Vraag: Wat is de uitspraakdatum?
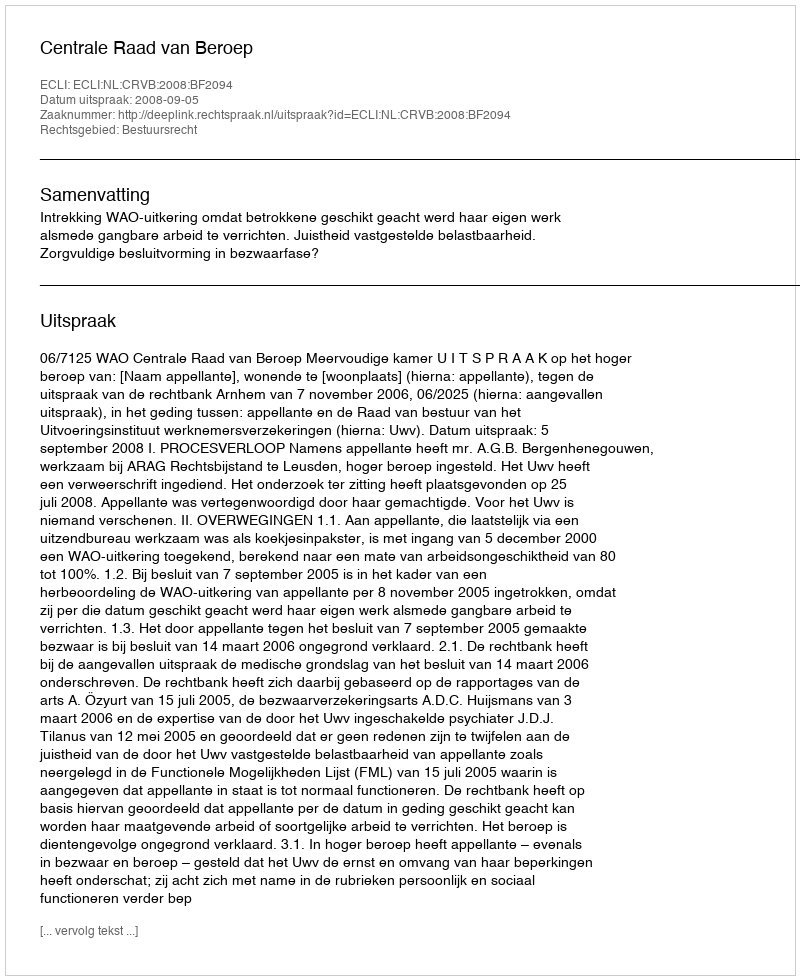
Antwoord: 2008-09-05